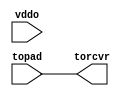
module bw_io_ic_filter(

 // Outputs
    torcvr,
 // Inputs
   topad,
   vddo );

output  torcvr;

input   topad;
input   vddo;

assign torcvr = topad ;
endmodule